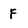
Character: F